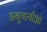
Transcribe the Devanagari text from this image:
अनुयायीओ